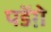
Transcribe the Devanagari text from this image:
पडेंग़े